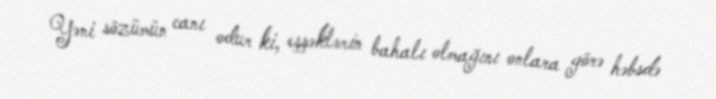
Yəni sözümün canı odur ki, eşşəklərin bahalı olmağını onlara görə həbsdə